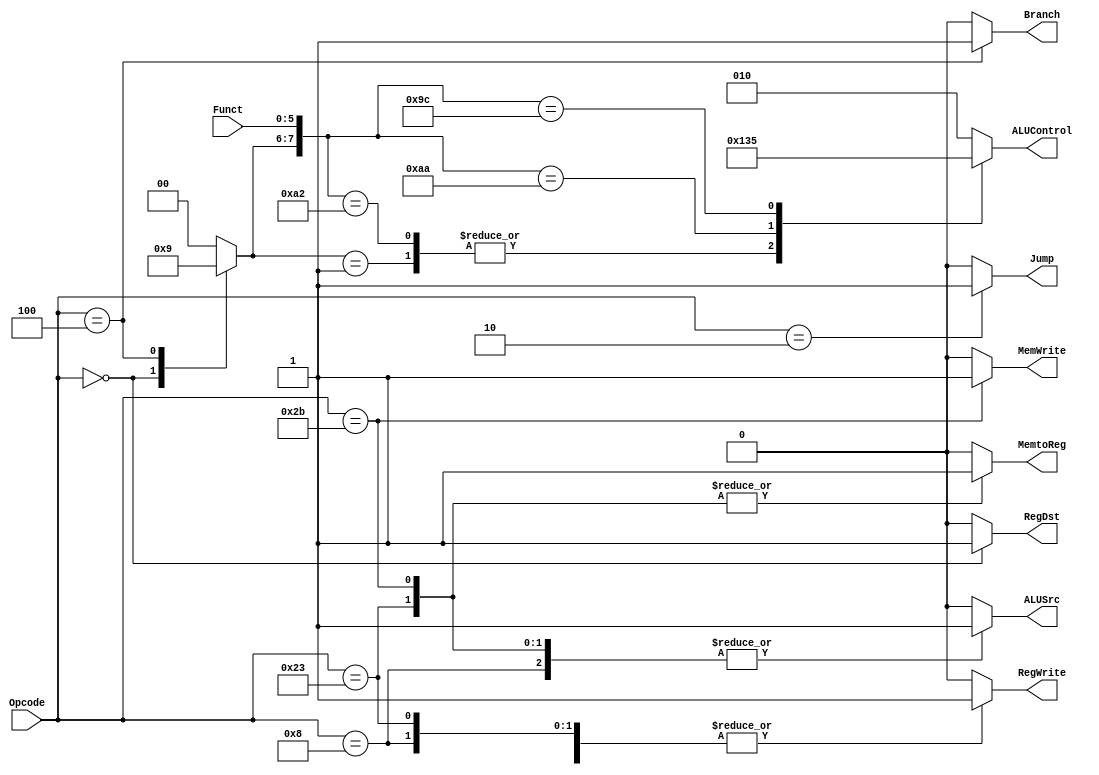
`timescale 1ns / 1ps
//////////////////////////////////////////////////////////////////////////////////
// Company: 
// Engineer: 
// 
// Design Name: 
// Module Name: Control_Unit
// Project Name: 
// Target Devices: 
// Tool Versions: 
// Description: 
// 
// Dependencies: 
// 
// Revision:
// Revision 0.01 - File Created
// Additional Comments:
// 
//////////////////////////////////////////////////////////////////////////////////


module Control_Unit(
    input [5:0] Opcode,
    input [5:0] Funct,
    output reg MemtoReg,
    output reg MemWrite,
    output reg Branch,
    output reg ALUSrc,
    output reg RegDst,
    output reg RegWrite,
    output reg Jump,
    output reg [2:0] ALUControl 
    );
    
    reg [1:0] ALUOp;
    
    always @(*) begin
        MemtoReg = 0;
        MemWrite = 0;
        Branch = 0;
        ALUSrc = 0;
        RegDst = 0;
        RegWrite = 0;
        Jump = 0;
        ALUOp = 'b0;
        case(Opcode)
            6'b10_0011: begin
                ALUSrc = 1;
                RegWrite = 1;
                MemtoReg = 1;
            end
            
            6'b10_1011: begin
                ALUSrc = 1;
                MemWrite = 1;
                MemtoReg = 1;
            end
            
            6'b00_0000: begin
                ALUOp = 'b10;
                RegDst = 1;
                RegWrite = 1;
            end
            
            6'b00_1000: begin
                ALUSrc = 1;
                RegWrite = 1;
            end
            
            6'b00_0100: begin
                ALUOp = 'b01;
                Branch = 1;
            end
            
            6'b00_0010: begin
                Jump = 1;
            end
            
            default: begin
                MemtoReg = 0;
                MemWrite = 0;
                Branch = 0;
                ALUSrc = 0;
                RegDst = 0;
                RegWrite = 0;
                Jump = 0;
                ALUOp = 'b0;
            end
        endcase
    end
    
    always @(*) begin
        ALUControl = 3'b000;
        casex({ALUOp,Funct})
            'b00XXXXXX: ALUControl = 3'b010;
            'b01XXXXXX: ALUControl = 3'b100;
            'b10100000: ALUControl = 3'b010;
            'b10100010: ALUControl = 3'b100;
            'b10101010: ALUControl = 3'b110;
            'b10011100: ALUControl = 3'b101;
            default: ALUControl = 3'b010;
        endcase
    end
endmodule